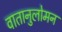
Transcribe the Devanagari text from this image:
वातानुलोमन